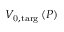
V _ { \mathrm { 0 , t a r g } } \left( P \right)